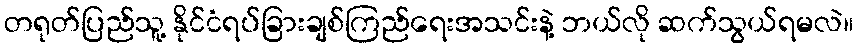
တရုတ်ပြည်သူ့ နိုင်ငံရပ်ခြားချစ်ကြည်ရေးအသင်းနဲ့ ဘယ်လို ဆက်သွယ်ရမလဲ။